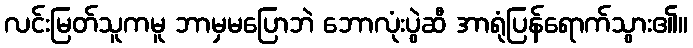
လင်းမြတ်သူကမူ ဘာမှမပြောဘဲ ဘောလုံးပွဲဆီ အာရုံပြန်ရောက်သွား၏။